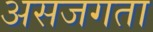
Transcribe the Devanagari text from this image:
असजगता